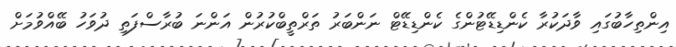
އިންތިހާބުގައި ވާދަކުރާ ކެންޑިޑޭޓުންގެ ކެންޑިޑޭޓް ނަންބަރު ތަރްތީބްކުރުން އަންނަ ބުރާސްފަތި ދުވަހު ބޭއްވުމަށް